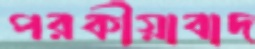
পরকীয়াবাদ